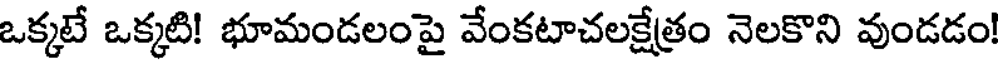
ఒక్కటే ఒక్కటి! భూమండలంపై వేంకటాచలక్షేత్రం నెలకొని వుండడం!